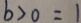
b > 0 = 1